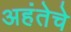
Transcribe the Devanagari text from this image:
अहंतेचे